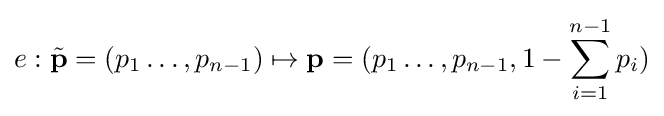
e:{\tilde {\mathbf {p} }}=(p_{1}\dots ,p_{n-1})\mapsto \mathbf {p} =(p_{1}\dots ,p_{n-1},1-\sum _{i=1}^{n-1}p_{i})